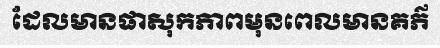
ដែលមានផាសុកភាពមុនពេលមានគភ៌